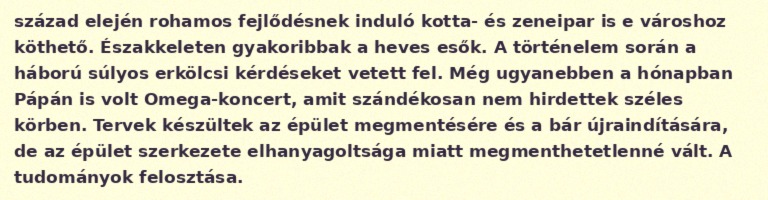
század elején rohamos fejlődésnek induló kotta- és zeneipar is e városhoz köthető. Északkeleten gyakoribbak a heves esők. A történelem során a háború súlyos erkölcsi kérdéseket vetett fel. Még ugyanebben a hónapban Pápán is volt Omega-koncert, amit szándékosan nem hirdettek széles körben. Tervek készültek az épület megmentésére és a bár újraindítására, de az épület szerkezete elhanyagoltsága miatt megmenthetetlenné vált. A tudományok felosztása.